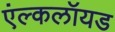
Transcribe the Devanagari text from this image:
एंल्कलॉयड